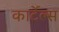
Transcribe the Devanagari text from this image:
कार्टेल्स